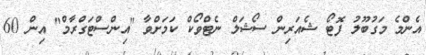
އެންމެ މަގުބޫލު ފޮޓޯ ޝެއަރިން ސޯޝަލް ނެޓްވޯކް ކަމަށްވާ "އިންސްޓަގްރާމް" އިން 60